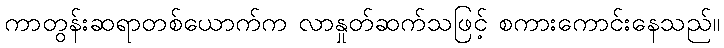
ကာတွန်းဆရာတစ်ယောက်က လာနှုတ်ဆက်သဖြင့် စကားကောင်းနေသည်။